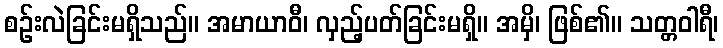
စဉ်းလဲခြင်းမရှိသည်။ အမာယာဝီ၊ လှည့်ပတ်ခြင်းမရှိ။ အမှိ၊ ဖြစ်၏။ သတ္တဝါရီ၊